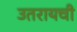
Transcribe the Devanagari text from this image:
उतरायची